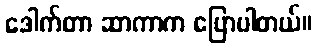
ဒေါက်တာ ဆာကာက ပြောပါတယ်။